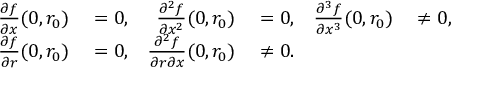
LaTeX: \begin{array} { r l r l r l } { { \frac { \partial f } { \partial x } } ( 0 , r _ { 0 } ) } & { { } = 0 , } & { { \frac { \partial ^ { 2 } f } { \partial x ^ { 2 } } } ( 0 , r _ { 0 } ) } & { { } = 0 , } & { { \frac { \partial ^ { 3 } f } { \partial x ^ { 3 } } } ( 0 , r _ { 0 } ) } & { { } \neq 0 , } \\ { { \frac { \partial f } { \partial r } } ( 0 , r _ { 0 } ) } & { { } = 0 , } & { { \frac { \partial ^ { 2 } f } { \partial r \partial x } } ( 0 , r _ { 0 } ) } & { { } \neq 0 . } \end{array}